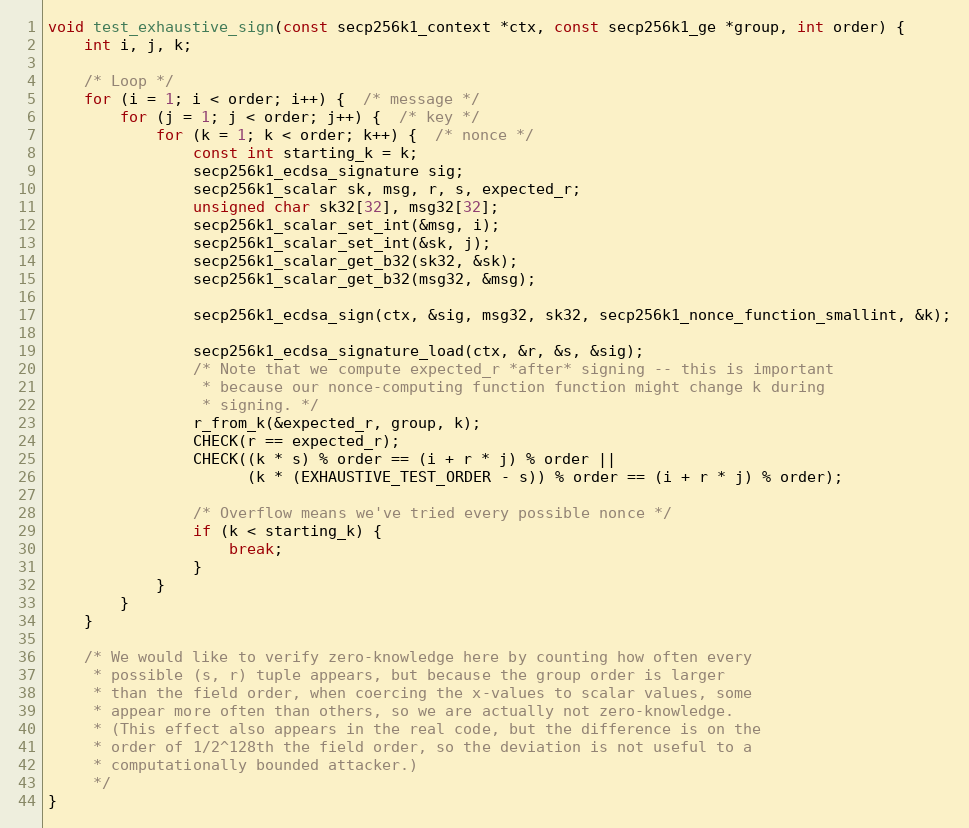
Language: C
void test_exhaustive_sign(const secp256k1_context *ctx, const secp256k1_ge *group, int order) {
    int i, j, k;

    /* Loop */
    for (i = 1; i < order; i++) {  /* message */
        for (j = 1; j < order; j++) {  /* key */
            for (k = 1; k < order; k++) {  /* nonce */
                const int starting_k = k;
                secp256k1_ecdsa_signature sig;
                secp256k1_scalar sk, msg, r, s, expected_r;
                unsigned char sk32[32], msg32[32];
                secp256k1_scalar_set_int(&msg, i);
                secp256k1_scalar_set_int(&sk, j);
                secp256k1_scalar_get_b32(sk32, &sk);
                secp256k1_scalar_get_b32(msg32, &msg);

                secp256k1_ecdsa_sign(ctx, &sig, msg32, sk32, secp256k1_nonce_function_smallint, &k);

                secp256k1_ecdsa_signature_load(ctx, &r, &s, &sig);
                /* Note that we compute expected_r *after* signing -- this is important
                 * because our nonce-computing function function might change k during
                 * signing. */
                r_from_k(&expected_r, group, k);
                CHECK(r == expected_r);
                CHECK((k * s) % order == (i + r * j) % order ||
                      (k * (EXHAUSTIVE_TEST_ORDER - s)) % order == (i + r * j) % order);

                /* Overflow means we've tried every possible nonce */
                if (k < starting_k) {
                    break;
                }
            }
        }
    }

    /* We would like to verify zero-knowledge here by counting how often every
     * possible (s, r) tuple appears, but because the group order is larger
     * than the field order, when coercing the x-values to scalar values, some
     * appear more often than others, so we are actually not zero-knowledge.
     * (This effect also appears in the real code, but the difference is on the
     * order of 1/2^128th the field order, so the deviation is not useful to a
     * computationally bounded attacker.)
     */
}